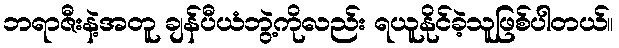
ဘရာဇီးနဲ့အတူ ချန်ပီယံဘွဲ့ကိုလည်း ရယူနိုင်ခဲ့သူဖြစ်ပါတယ်။